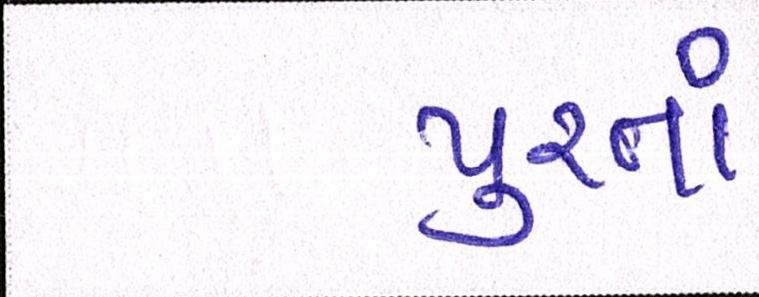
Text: પુરતાં